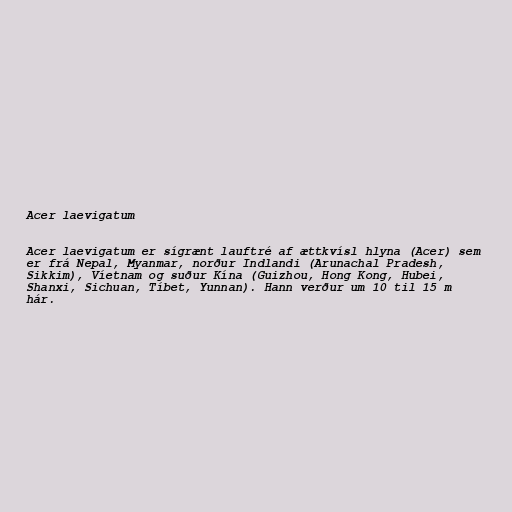
Acer laevigatum

Acer laevigatum er sígrænt lauftré af ættkvísl hlyna (Acer) sem
er frá Nepal, Myanmar, norður Indlandi (Arunachal Pradesh,
Sikkim), Víetnam og suður Kína (Guizhou, Hong Kong, Hubei,
Shanxi, Sichuan, Tíbet, Yunnan). Hann verður um 10 til 15 m
hár.